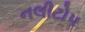
નલીટોપ